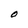
Character: O